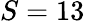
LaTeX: S=13